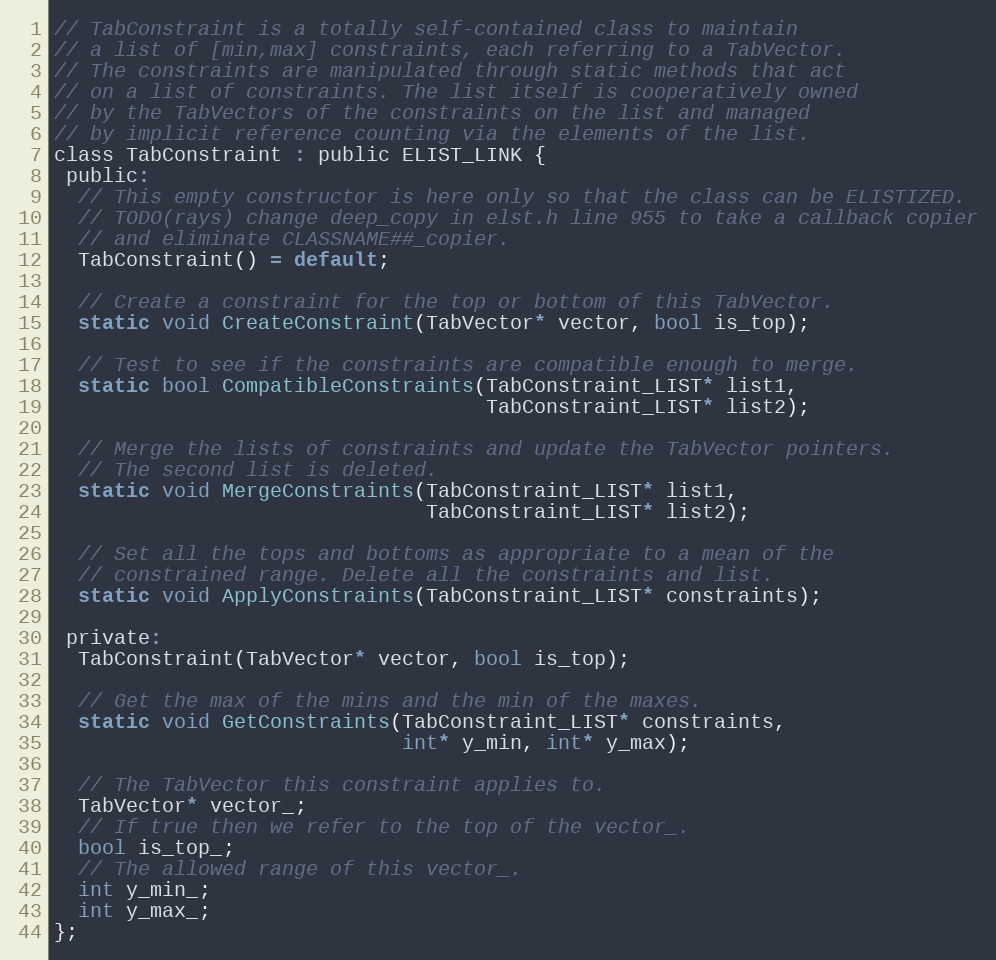
Language: C
// TabConstraint is a totally self-contained class to maintain
// a list of [min,max] constraints, each referring to a TabVector.
// The constraints are manipulated through static methods that act
// on a list of constraints. The list itself is cooperatively owned
// by the TabVectors of the constraints on the list and managed
// by implicit reference counting via the elements of the list.
class TabConstraint : public ELIST_LINK {
 public:
  // This empty constructor is here only so that the class can be ELISTIZED.
  // TODO(rays) change deep_copy in elst.h line 955 to take a callback copier
  // and eliminate CLASSNAME##_copier.
  TabConstraint() = default;

  // Create a constraint for the top or bottom of this TabVector.
  static void CreateConstraint(TabVector* vector, bool is_top);

  // Test to see if the constraints are compatible enough to merge.
  static bool CompatibleConstraints(TabConstraint_LIST* list1,
                                    TabConstraint_LIST* list2);

  // Merge the lists of constraints and update the TabVector pointers.
  // The second list is deleted.
  static void MergeConstraints(TabConstraint_LIST* list1,
                               TabConstraint_LIST* list2);

  // Set all the tops and bottoms as appropriate to a mean of the
  // constrained range. Delete all the constraints and list.
  static void ApplyConstraints(TabConstraint_LIST* constraints);

 private:
  TabConstraint(TabVector* vector, bool is_top);

  // Get the max of the mins and the min of the maxes.
  static void GetConstraints(TabConstraint_LIST* constraints,
                             int* y_min, int* y_max);

  // The TabVector this constraint applies to.
  TabVector* vector_;
  // If true then we refer to the top of the vector_.
  bool is_top_;
  // The allowed range of this vector_.
  int y_min_;
  int y_max_;
};